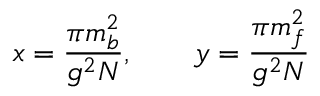
x = \frac { \pi m _ { b } ^ { 2 } } { g ^ { 2 } N } , \qquad y = \frac { \pi m _ { f } ^ { 2 } } { g ^ { 2 } N }